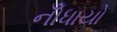
નોઁધાયો